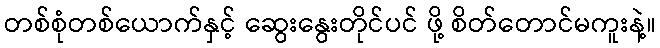
တစ်စုံတစ်ယောက်နှင့် ဆွေးနွေးတိုင်ပင် ဖို့ စိတ်တောင်မကူးနဲ့။